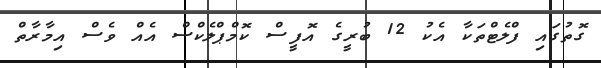
ގޮތުގައި ފްލެޓްތަކާ އެކު 12 ބުރީގެ އޮފީސް ކޮމްޕްލެކްސް އެއް ވެސް އިމާރާތް